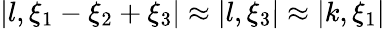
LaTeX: |l,\xi_{1}-\xi_{2}+\xi_{3}|\approx|l,\xi_{3}|\approx|k,\xi_{1}|